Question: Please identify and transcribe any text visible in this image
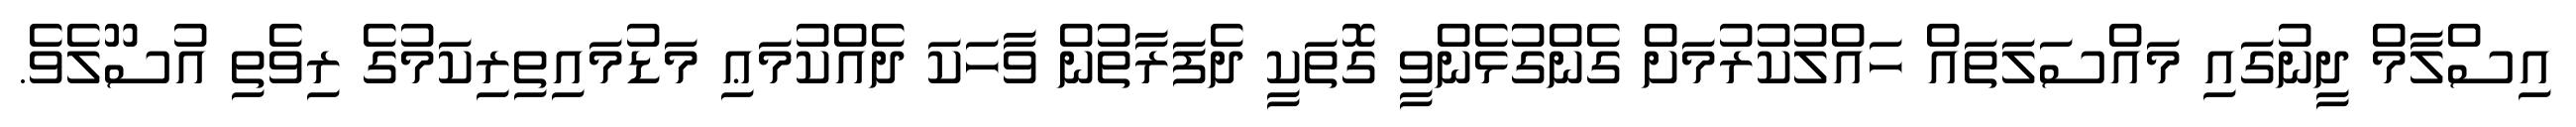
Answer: އިސްލާމް ދީނުގައި މައްސަލަތައް ހައްލުކުރުމަށް ގެންގުޅެންވީ ގޮތަކީ ދެފަރާތުން ވާހަކަ ދެއްކުމަޢި މަޑުމައިތިރިކަމުގެ ރިވެތި އުސޫލެވެ.